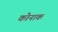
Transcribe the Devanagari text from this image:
कोनाक